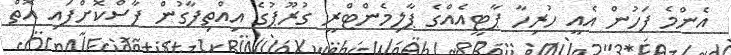
އެންމެ ފަހުން އެއީ ހުރިހާ ޕާޓީއެއްގެ ޕާލިމެންޓްރީ ގުރޫޕުގެ އިއްތިފާގުން ފާސްކޮށްފައި އޮތް